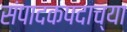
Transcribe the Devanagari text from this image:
संपादकपदाच्या